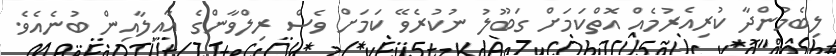
ލިބެމުންދާ ކުރިއެރުމެއް އޮތްކަމަށް ގަބޫލު ނުކުރެވޭ ކަމަށް ވެސް ރިލްވާންގެ އާއިލާއިން ބުނެއެވެ.